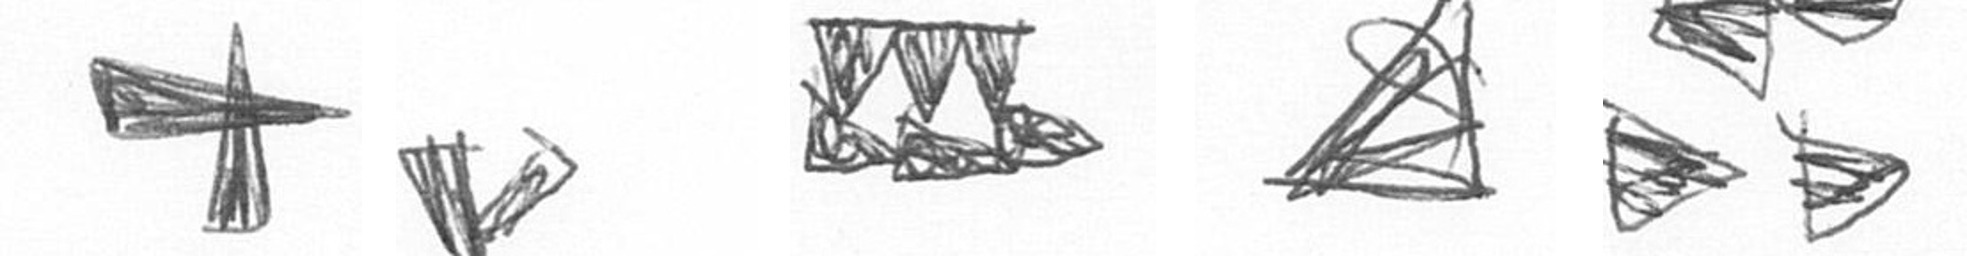
G F D O B